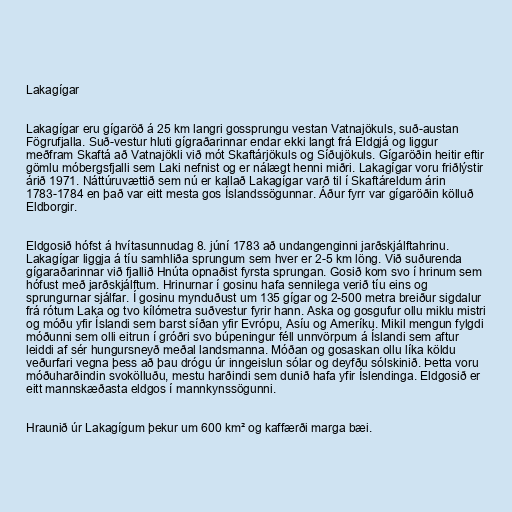
Lakagígar

Lakagígar eru gígaröð á 25 km langri gossprungu vestan Vatnajökuls, suð-austan
Fögrufjalla. Suð-vestur hluti gígraðarinnar endar ekki langt frá Eldgjá og liggur
meðfram Skaftá að Vatnajökli við mót Skaftárjökuls og Síðujökuls. Gígaröðin heitir eftir
gömlu móbergsfjalli sem Laki nefnist og er nálægt henni miðri. Lakagígar voru friðlýstir
árið 1971. Náttúruvættið sem nú er kallað Lakagígar varð til í Skaftáreldum árin
1783-1784 en það var eitt mesta gos Íslandssögunnar. Áður fyrr var gígaröðin kölluð
Eldborgir.

Eldgosið hófst á hvítasunnudag 8. júní 1783 að undangenginni jarðskjálftahrinu.
Lakagígar liggja á tíu samhliða sprungum sem hver er 2-5 km löng. Við suðurenda
gígaraðarinnar við fjallið Hnúta opnaðist fyrsta sprungan. Gosið kom svo í hrinum sem
hófust með jarðskjálftum. Hrinurnar í gosinu hafa sennilega verið tíu eins og
sprungurnar sjálfar. Í gosinu mynduðust um 135 gígar og 2-500 metra breiður sigdalur
frá rótum Laka og tvo kílómetra suðvestur fyrir hann. Aska og gosgufur ollu miklu mistri
og móðu yfir Íslandi sem barst síðan yfir Evrópu, Asíu og Ameríku. Mikil mengun fylgdi
móðunni sem olli eitrun í gróðri svo búpeningur féll unnvörpum á Íslandi sem aftur
leiddi af sér hungursneyð meðal landsmanna. Móðan og gosaskan ollu líka köldu
veðurfari vegna þess að þau drógu úr inngeislun sólar og deyfðu sólskinið. Þetta voru
móðuharðindin svokölluðu, mestu harðindi sem dunið hafa yfir Íslendinga. Eldgosið er
eitt mannskæðasta eldgos í mannkynssögunni.

Hraunið úr Lakagígum þekur um 600 km² og kaffærði marga bæi.